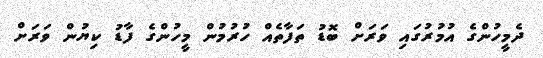
ދެމީހުންގެ އުމުރުގައި ވަރަށް ބޮޑު ތަފާތެއް ހުރުމުން މީހުންގެ ފާޑު ކިޔުން ވަރަށް